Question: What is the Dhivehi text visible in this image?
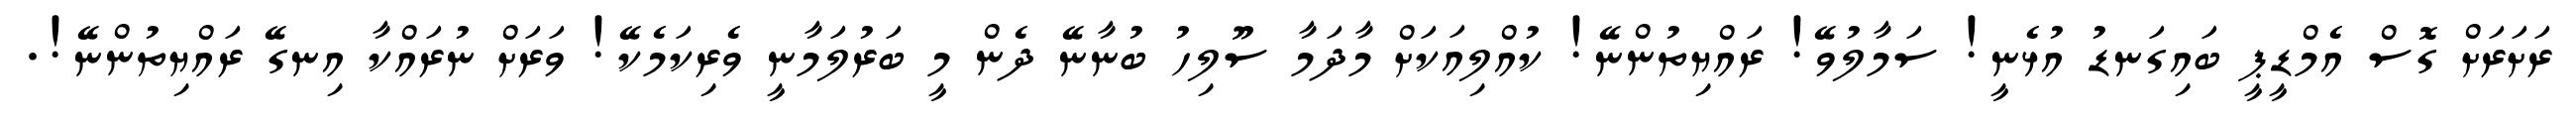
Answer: ރަށަރަށް ގޮސް އެމްޑީޕީ ބައިގަނޑު އުޅެނީ! ސަމާލުވޭ! ރައްޔިތުންނޭ! ކުއްލިއަކަށް މާދަމާ ސޫލިހު ބުނާނޭ ދެން މީ ބަރުލަމާނީ ވެރިކަމެކޭ! ވަރަށް ނުރައްކާ އިނގޭ ރައްޔިތުންނޭ!.